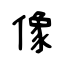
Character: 像